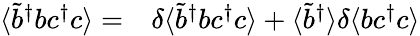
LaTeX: \begin{array}{rl}{\langle\tilde{b}^{\dagger}bc^{\dagger}c\rangle=}&{{}\delta\langle\tilde{b}^{\dagger}bc^{\dagger}c\rangle+\langle\tilde{b}^{\dagger}\rangle\delta\langle bc^{\dagger}c\rangle}\end{array}